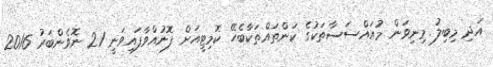
އަދި މިބިލު މިނިވަން މުއައްސަސާތަކުގެ ކަންތައްތަކާބެހޭ ކޮމިޓީއަށް ފޮނުއްވާފައިވަނީ 21 ނޮވެންބަރު 2016